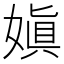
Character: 嫃